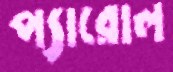
প্যারোল